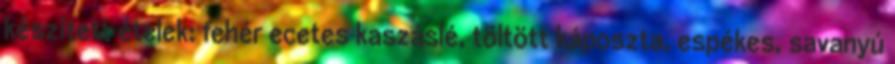
készített ételek: fehér ecetes kaszáslé, töltött káposzta, espékes, savanyú